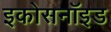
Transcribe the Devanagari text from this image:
इकोसनॉइड